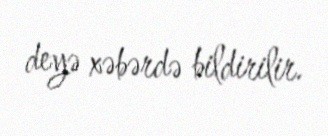
deyə xəbərdə bildirilir.